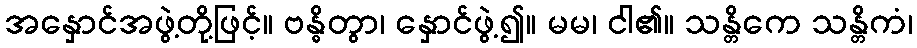
အနှောင်အဖွဲ့တို့ဖြင့်။ ဗန္ဓိတွာ၊ နှောင်ဖွဲ့၍။ မမ၊ ငါ၏။ သန္တိကေ သန္တိကံ၊